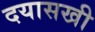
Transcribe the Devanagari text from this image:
दयासखी